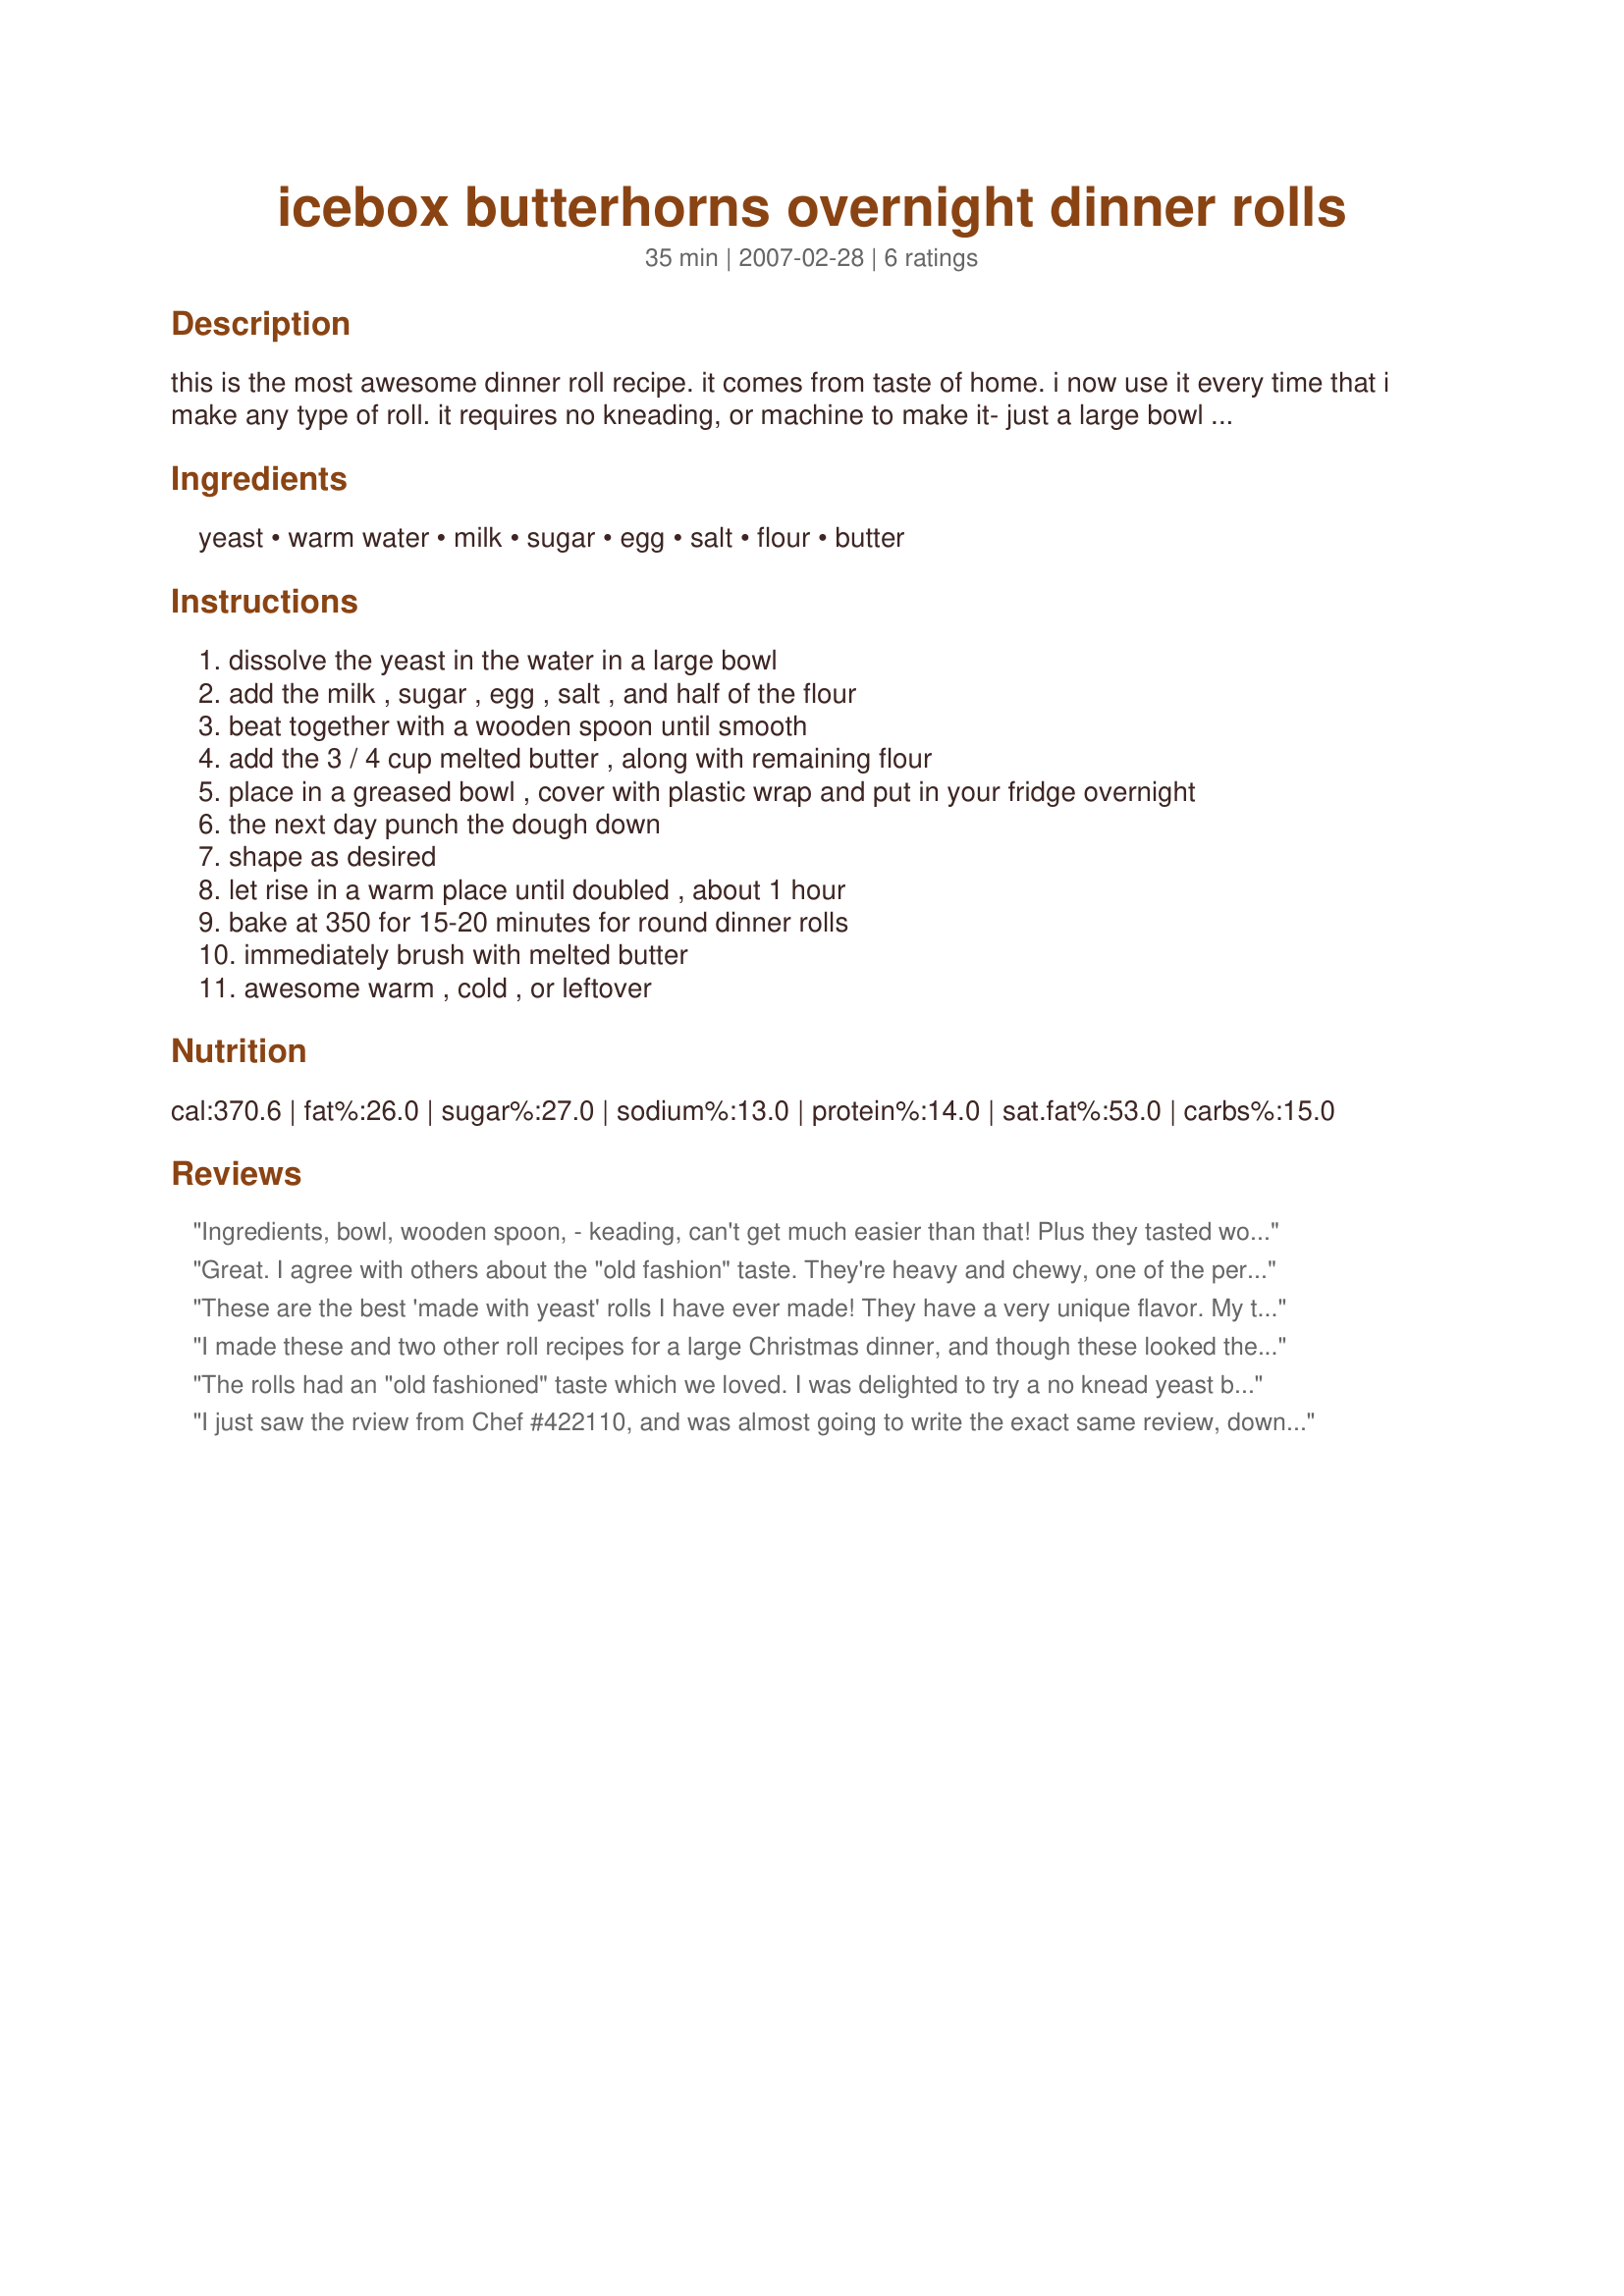
icebox butterhorns overnight dinner rolls
Preparation time: 35 minutes

this is the most awesome dinner roll recipe. it comes from taste of home. i now use it every time that i make any type of roll. it requires no kneading, or machine to make it- just a large bowl and a wooden spoon. i don't think i can really describe how good they are- you'll just have to try them. (i always use margarine, never butter, and it turns out great.) 4/08 - i edited the recipe to include the missing step of letting the dough rise before baking -oops!

Ingredients:
yeast, warm water, milk, sugar, egg, salt, flour, butter

Steps:
dissolve the yeast in the water in a large bowl
add the milk , sugar , egg , salt , and half of the flour
beat together with a wooden spoon until smooth
add the 3 / 4 cup melted butter , along with remaining flour
place in a greased bowl , cover with plastic wrap and put in your fridge overnight
the next day punch the dough down
shape as desired
let rise in a warm place until doubled , about 1 hour
bake at 350 for 15-20 minutes for round dinner rolls
immediately brush with melted butter
awesome warm , cold , or leftover

Reviews:
Ingredients, bowl, wooden spoon, - keading, can't get much easier than that! Plus they tasted wonderful!
Great. I agree with others about the "old fashion" taste. They're heavy and chewy, one of the perfect comfort foods. I bake a fair amount, and am often asked to make dinner rolls, etc. This was sooooo easy, and I often like breads with an overnight rise. I did knead the dough for about 4 minutes before putting in the fridge, just to help blend things more. Also, they took about 2 hrs to rise after shaping, but that will be different for everybody depending on the warmth of the room, etc. I used all white bread flour, but when I next make them I will probably go back to using 1/3 to 1/2 King Arthur White Whole Wheat, add seeds, etc, which is what I usually do for more nutrition. I netted 16 round rolls from this recipe and they were very big. Next time I may make them smaller and get 20 rolls. But this is a keeper.
These are the best 'made with yeast' rolls I have ever made! They have a very unique flavor. My teenage son,Kevin, said they were delicious, and had 'that old fashioned taste! They disappeared quickly.I'll make these often. Thank you for posting.Katie
I made these and two other roll recipes for a large Christmas dinner, and though these looked the prettiest, they were my least favorite. I can only figure that I'm just not a fan of unkneaded yeast bread. Thanks for a recipe that allowed me to get some sleep, though!
The rolls had an "old fashioned" taste which we loved. I was delighted to try a no knead yeast bread as it was a completely new technique for me. I followed the recipe exactly and did wonder if I should have let them rise after shaping. I put them directly into the oven as directed in step 2. I think they would have been lighter and less dense had they had a chance to rise so will play with that next time. Thank you for sharing a tasty bread recipe! Made for Spring '08 Pick A Chef.
I just saw the rview from Chef #422110, and was almost going to write the exact same review, down to my teenage son's name is Kevin and my name is Kathleen, great rolls!
